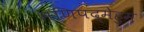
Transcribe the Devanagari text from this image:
मणिपद्मेहुम